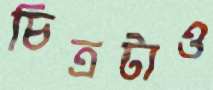
চিত্রটাও